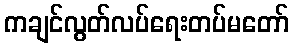
ကချင်လွတ်လပ်ရေးတပ်မတော်